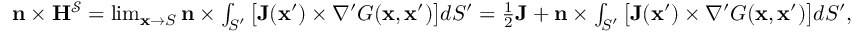
\begin{array} { r } { \mathbf { n } \times \mathbf { H } ^ { \mathcal { S } } = \operatorname* { l i m } _ { \mathbf { x } \to S } \mathbf { n } \times \int _ { S ^ { \prime } } \big [ \mathbf { J } ( \mathbf { x } ^ { \prime } ) \times \nabla ^ { \prime } G ( \mathbf { x } , \mathbf { x } ^ { \prime } ) \big ] d S ^ { \prime } = \frac { 1 } { 2 } \mathbf { J } + \mathbf { n } \times \int _ { S ^ { \prime } } \big [ \mathbf { J } ( \mathbf { x } ^ { \prime } ) \times \nabla ^ { \prime } G ( \mathbf { x } , \mathbf { x } ^ { \prime } ) \big ] d S ^ { \prime } , } \end{array}